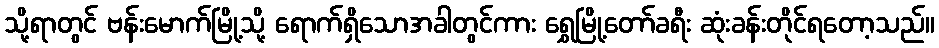
သို့ရာတွင် ဗန်းမောက်မြို့သို့ ရောက်ရှိသောအခါတွင်ကား ရွှေမြို့တော်ခရီး ဆုံးခန်းတိုင်ရတော့သည်။